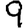
Digit: 9